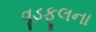
વૂડફૂલના